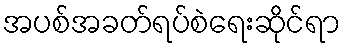
အပစ်အခတ်ရပ်စဲရေးဆိုင်ရာ